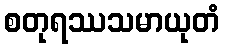
စတုရဿသမာယုတံ